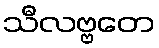
သီလဗ္ဗတေ